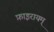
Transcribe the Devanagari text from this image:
फ़ाइरायम्